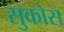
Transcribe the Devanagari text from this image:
सुकोस